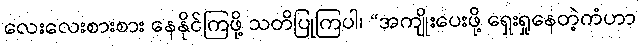
လေးလေးစားစား နေနိုင်ကြဖို့ သတိပြုကြပါ၊ “အကျိုးပေးဖို့ ရှေးရှုနေတဲ့ကံဟာ